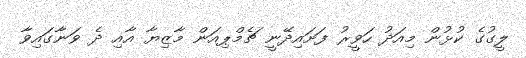
ލީގުގެ ކުޅުން މިއަދު ހަވީރު ފަށައިދޭނީ ޗެމްޕިއަން މާޒިޔާ އާއި ދެ ވަނާގައިވާ